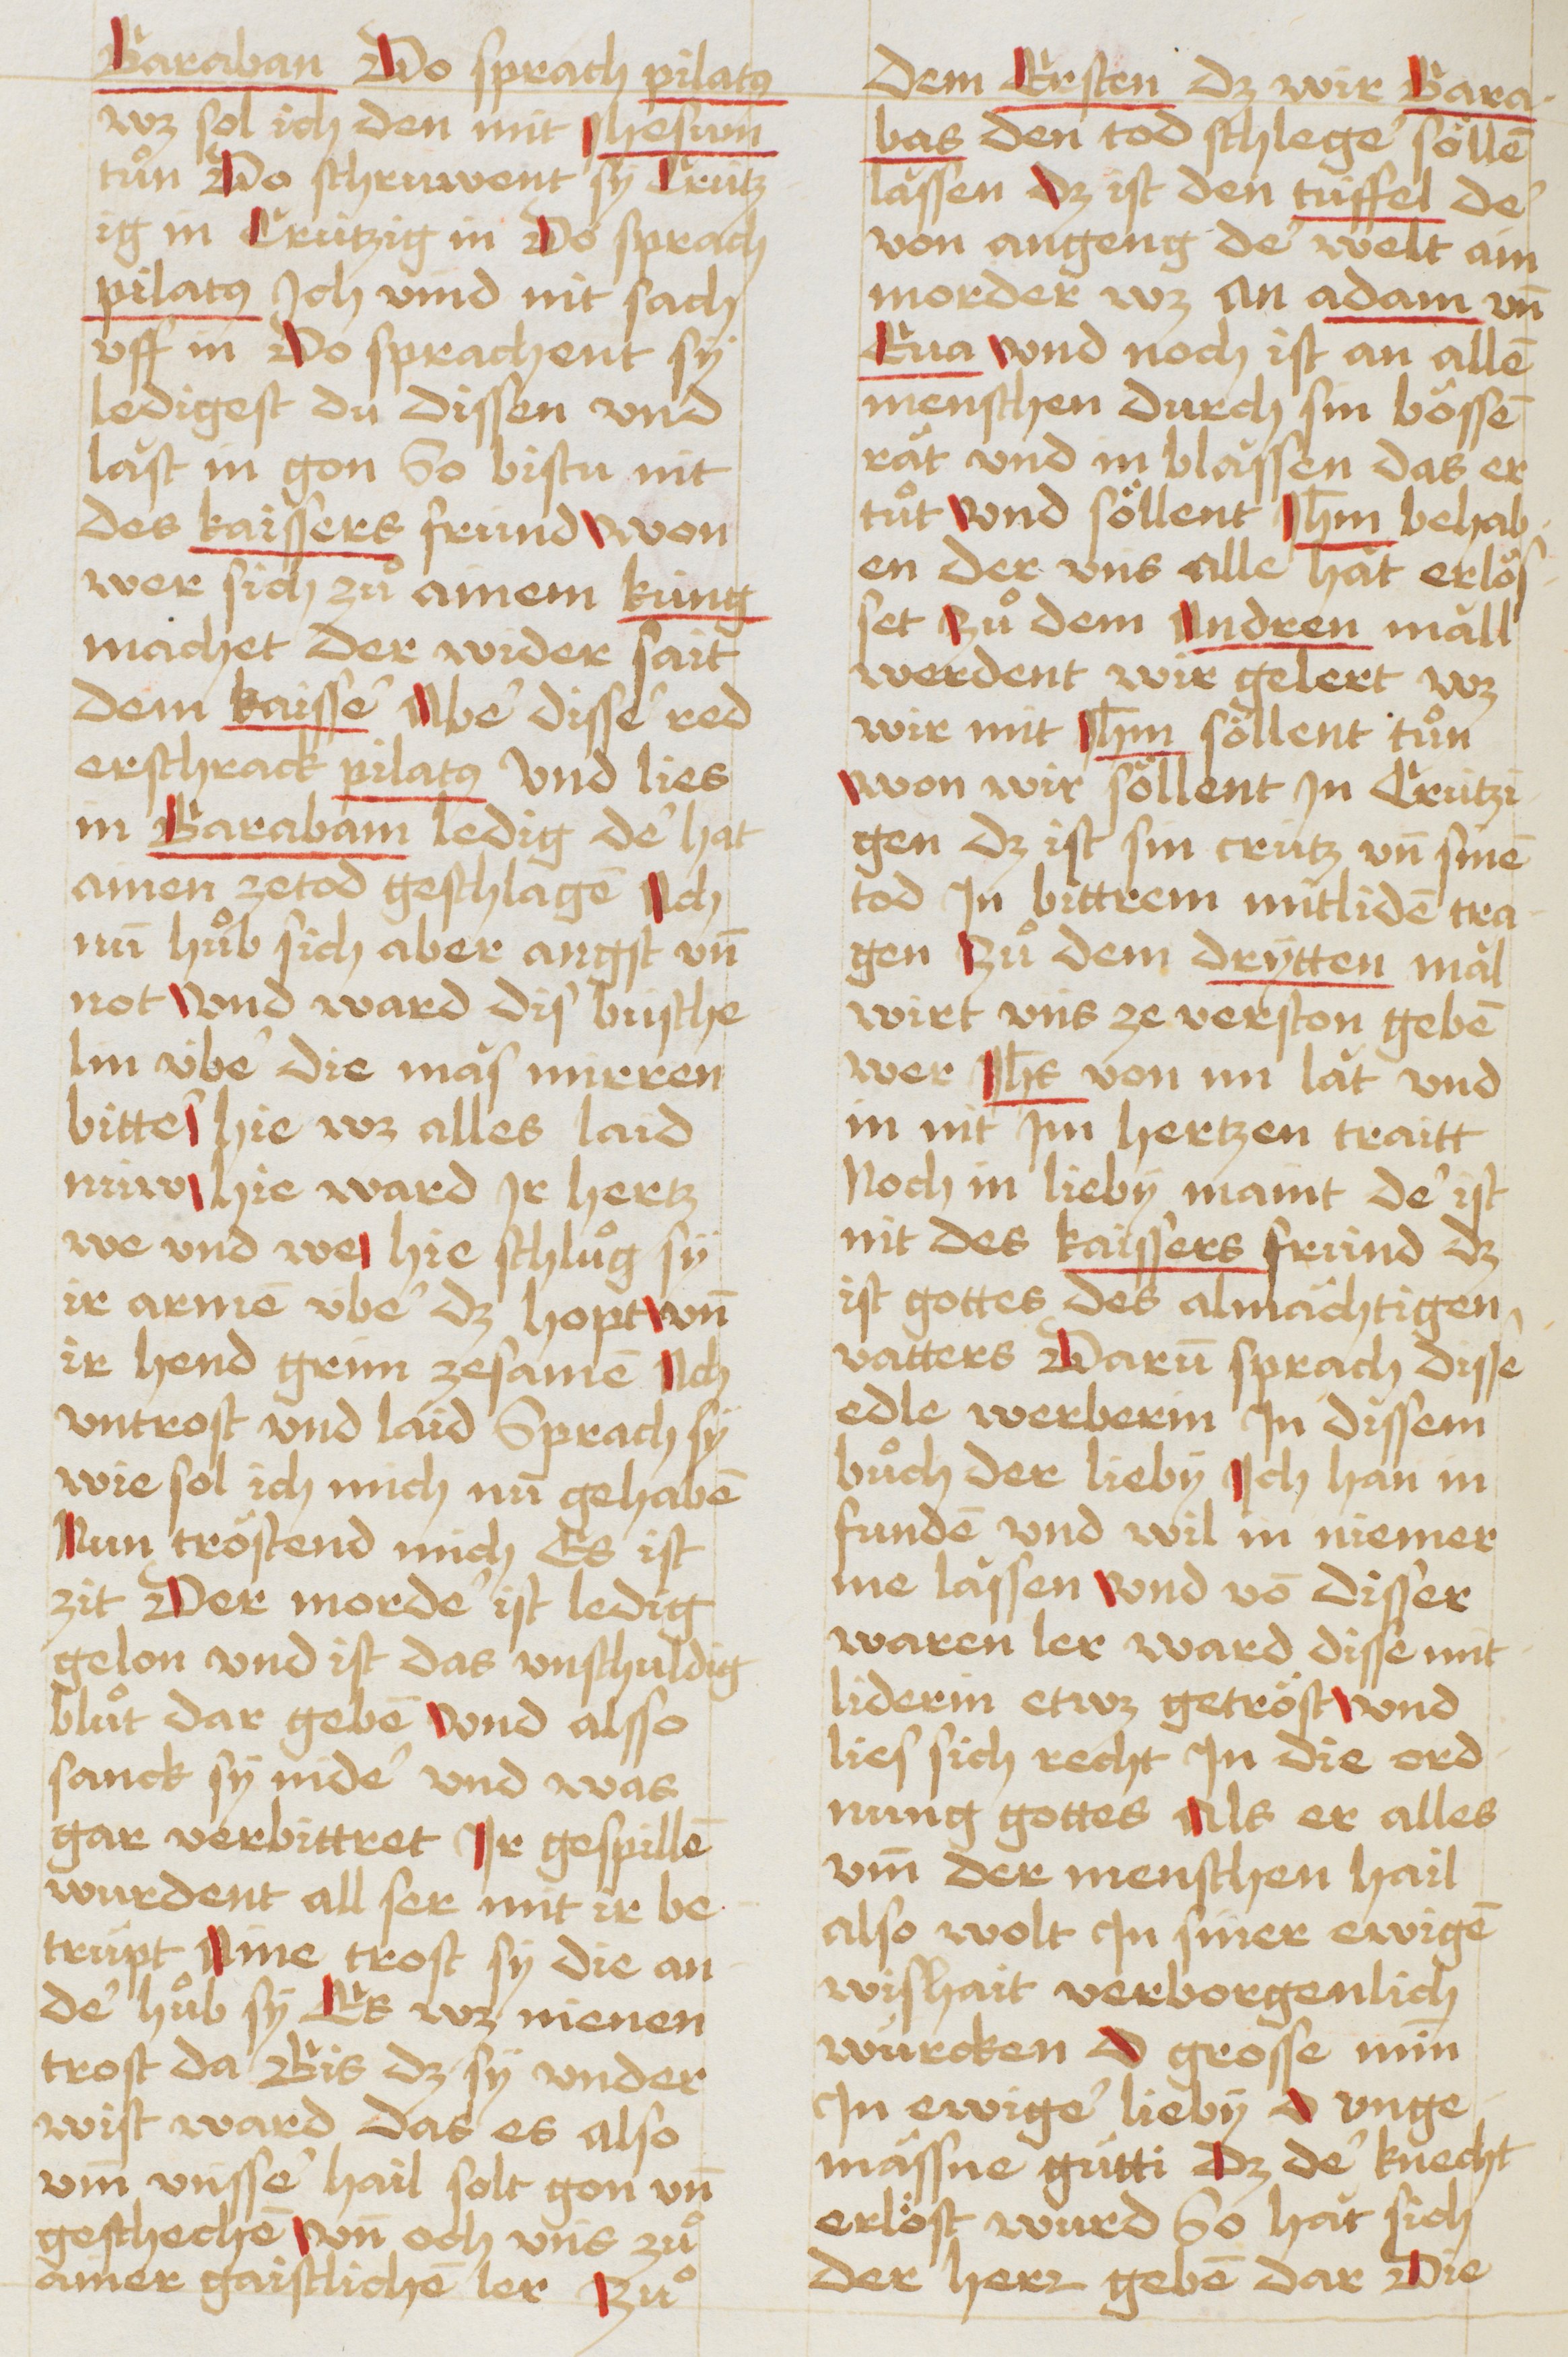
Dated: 1490–1520